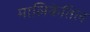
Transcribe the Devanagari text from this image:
मालिकेतिल